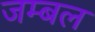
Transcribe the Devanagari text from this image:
जम्‍बल